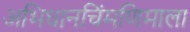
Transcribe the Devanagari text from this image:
अभिधानचिंमणिमाला